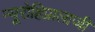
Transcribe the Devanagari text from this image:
न्यूरोहिप्नालाजी